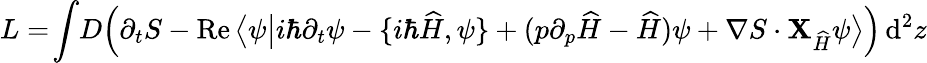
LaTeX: L=\! \int\! D\Big(\partial_{t}S-\operatorname{Re}\big\langle\psi\big|i\hbar\partial_{t}\psi-\{ i\hbar\widehat{H},\psi\} +(p\partial_{p}\widehat{H}-\widehat{H})\psi+\nabla S\cdot{\mathbf X}_{\widehat{H}}\psi\big\rangle\Big)\, \mathrm{d}^{2}z